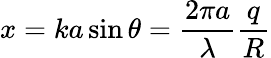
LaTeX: x=ka\sin\theta={\frac{2\pi a}{\lambda}}{\frac{q}{R}}